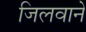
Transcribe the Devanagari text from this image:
जिलवाने